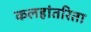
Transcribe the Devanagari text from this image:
कलहांतरिता